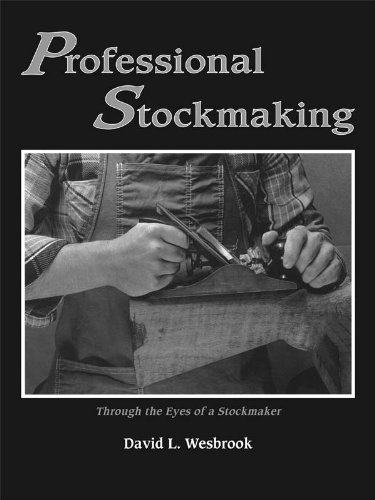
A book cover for Professional Stockmaking: Through the Eyes of a Stockmaker; David L. Wesbrook; Crafts, Hobbies & Home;